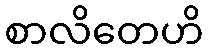
စာလိတေဟိ